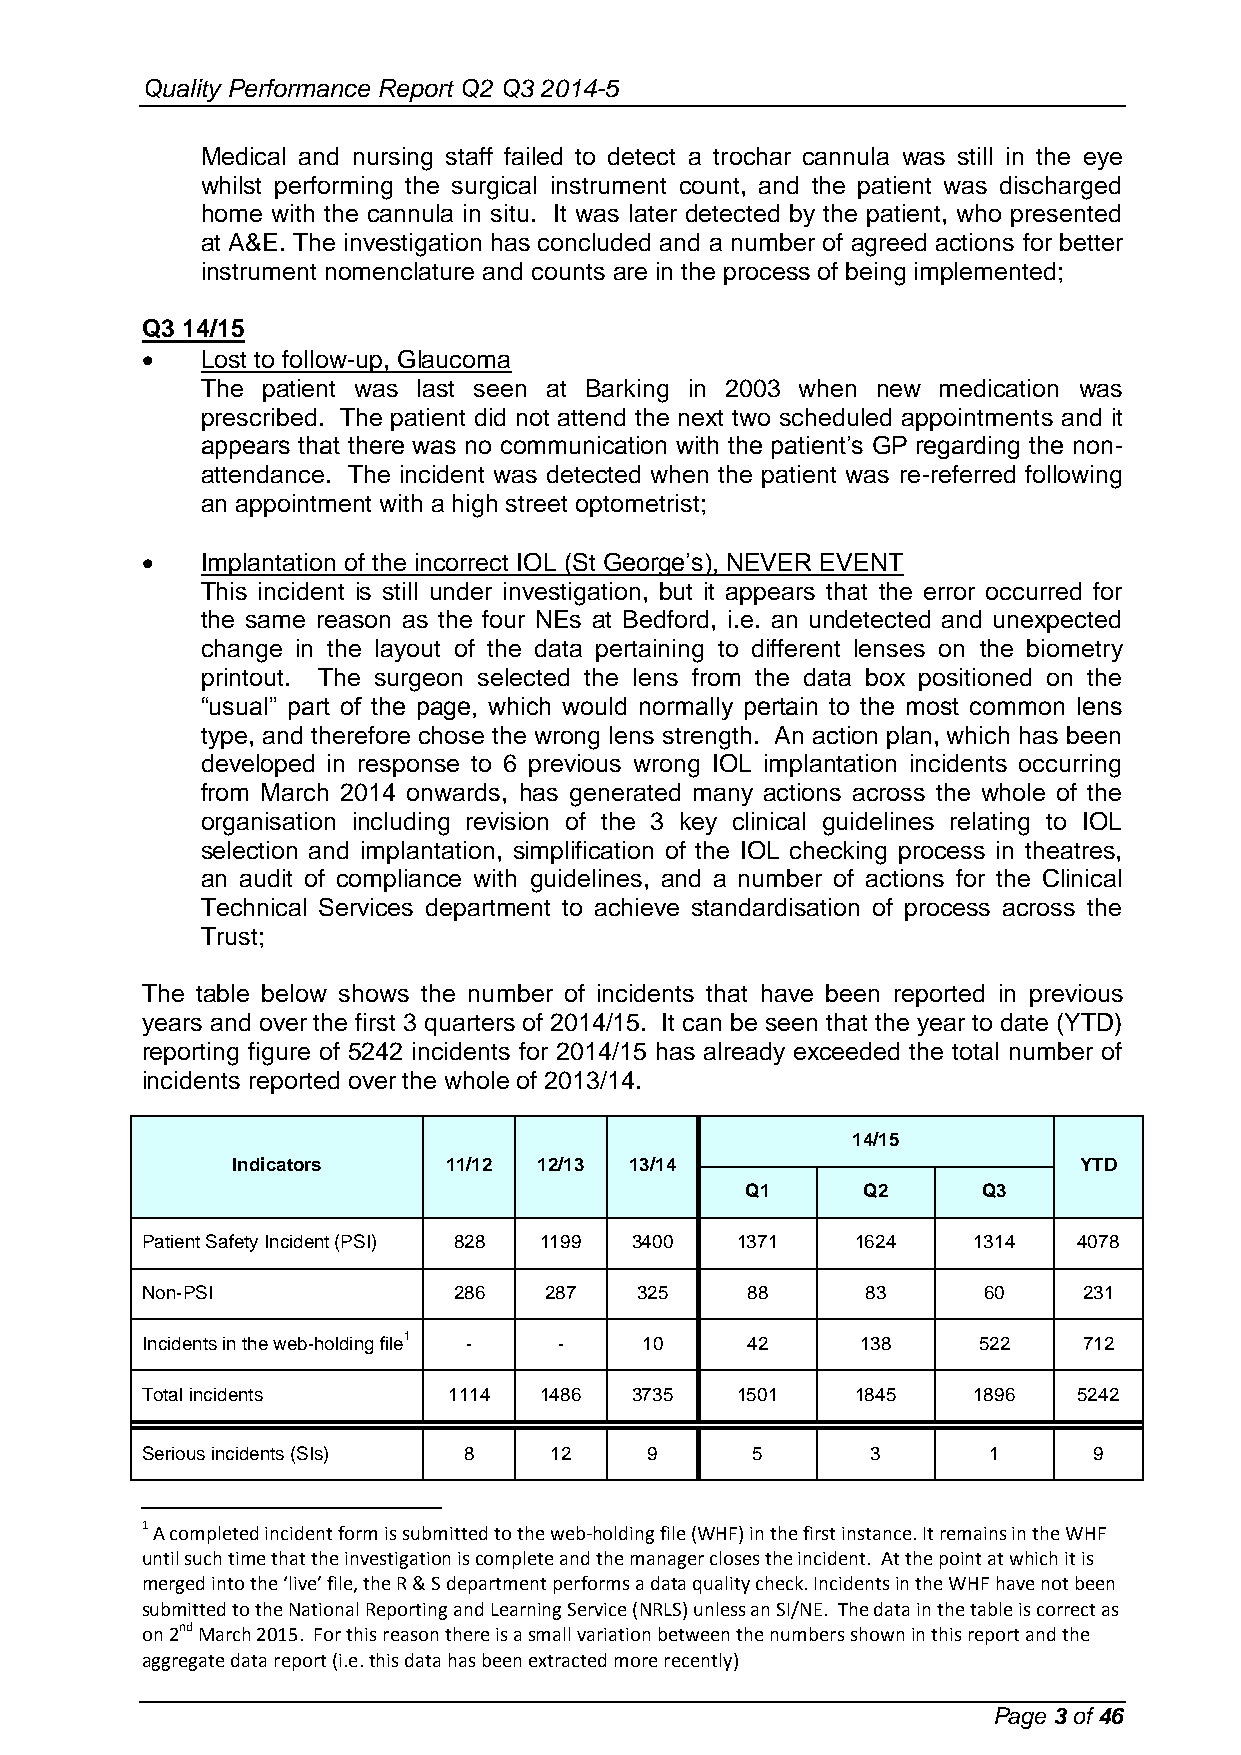
Quality Performance Report Q2 Q3 2014-5
 Medical and nursing staff failed to detect a trochar cannula was still in the eye
 whilst performing the surgical instrument count, and the patient was discharged
 home with the cannula in situ. It was later detected by the patient, who presented
 at A&E. The investigation has concluded and a number of agreed actions for better
 instrument nomenclature and counts are in the process of being implemented;
 Q3 14/15
    Lost to follow-up, Glaucoma
 The patient was last seen at Barking in 2003 when new medication was
 prescribed. The patient did not attend the next two scheduled appointments and it
 appears that there was no communication with the patient’s GP regarding the non-
 attendance. The incident was detected when the patient was re-referred following
 an appointment with a high street optometrist;
    Implantation of the incorrect IOL (St George’s), NEVER EVENT
 This incident is still under investigation, but it appears that the error occurred for
 the same reason as the four NEs at Bedford, i.e. an undetected and unexpected
 change in the layout of the data pertaining to different lenses on the biometry
 printout. The surgeon selected the lens from the data box positioned on the
 “usual” part of the page, which would normally pertain to the most common lens
 type, and therefore chose the wrong lens strength. An action plan, which has been
 developed in response to 6 previous wrong IOL implantation incidents occurring
 from March 2014 onwards, has generated many actions across the whole of the
 organisation including revision of the 3 key clinical guidelines relating to IOL
 selection and implantation, simplification of the IOL checking process in theatres,
 an audit of compliance with guidelines, and a number of actions for the Clinical
 Technical Services department to achieve standardisation of process across the
 Trust;
 The table below shows the number of incidents that have been reported in previous
 years and over the first 3 quarters of 2014/15. It can be seen that the year to date (YTD)
 reporting figure of 5242 incidents for 2014/15 has already exceeded the total number of
 incidents reported over the whole of 2013/14.
 14/15
 Indicators    11/12  12/13 13/14                        YTD
 Q1      Q2      Q3
 Patient Safety Incident (PSI) 828 1199 3400 1371 1624  1314   4078
 Non-PSI              286   287   325    88      83      60     231
 Incidents in the web-holding file1 - - 10 42    138     522    712
 Total incidents      1114  1486  3735   1501    1845   1896   5242
 Serious incidents (SIs) 8  12     9      5       3      1      9
 1 A completed incident form is submitted to the web-holding file (WHF) in the first instance. It remains in the WHF
 until such time that the investigation is complete and the manager closes the incident. At the point at which it is
 merged into the ‘live’ file, the R & S department performs a data quality check. Incidents in the WHF have not been
 submitted to the National Reporting and Learning Service (NRLS) unless an SI/NE. The data in the table is correct as
 on 2nd March 2015. For this reason there is a small variation between the numbers shown in this report and the
 aggregate data report (i.e. this data has been extracted more recently)
 Page 3 of 46